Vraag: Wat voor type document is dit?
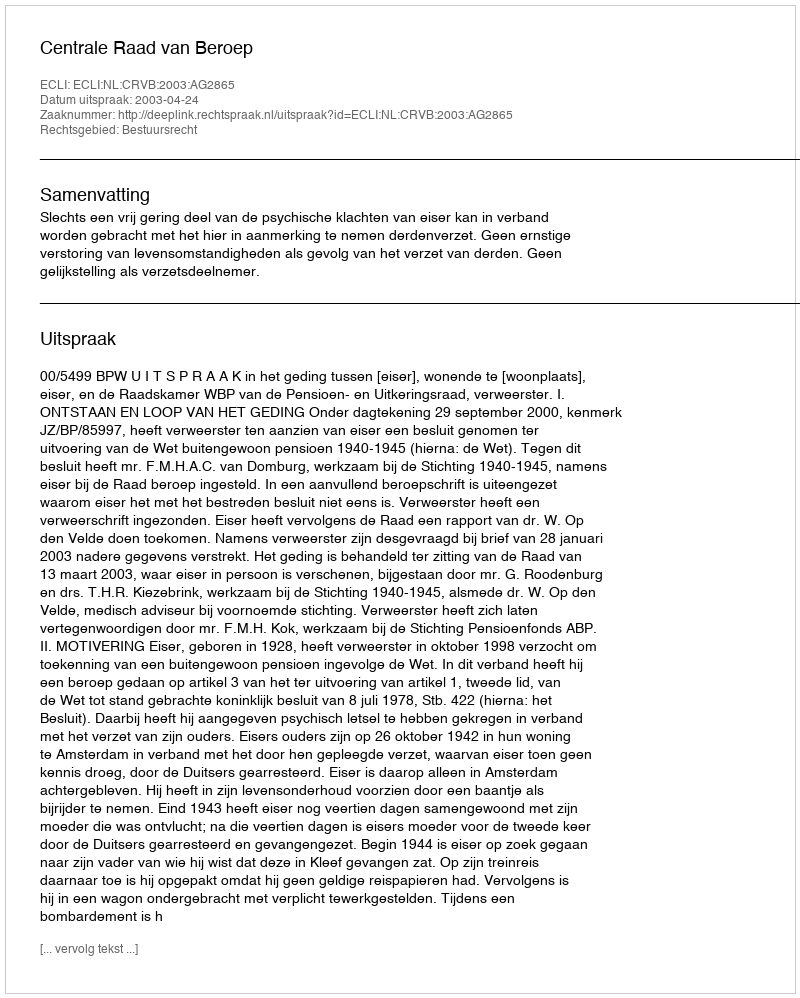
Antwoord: Uitspraak